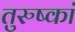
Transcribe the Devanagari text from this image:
तुरुष्कां